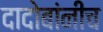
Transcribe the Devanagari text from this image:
दादोबांनीच